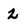
Character: Z